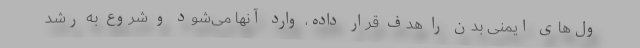
ول‌های ایمنی بدن را هدف قرار داده، وارد آنها می‌شود و شروع به رشد